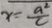
x = \frac { a ^ { 2 } } { c }